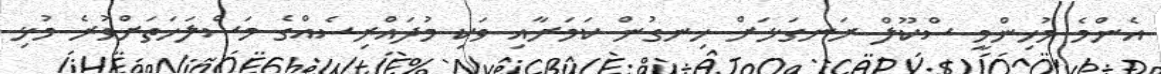
އެންމެ މުހިންމީ ސްކޫލް ރަނގަޅަށް ހިނގުން ކަމަށާއި ވަކި މުދައްރިސެއްގެ މަސްލަހަތަށްވުރެ މުޅި